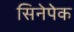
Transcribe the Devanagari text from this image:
सिनेपेक